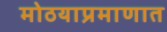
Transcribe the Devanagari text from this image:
मोठयाप्रमाणात